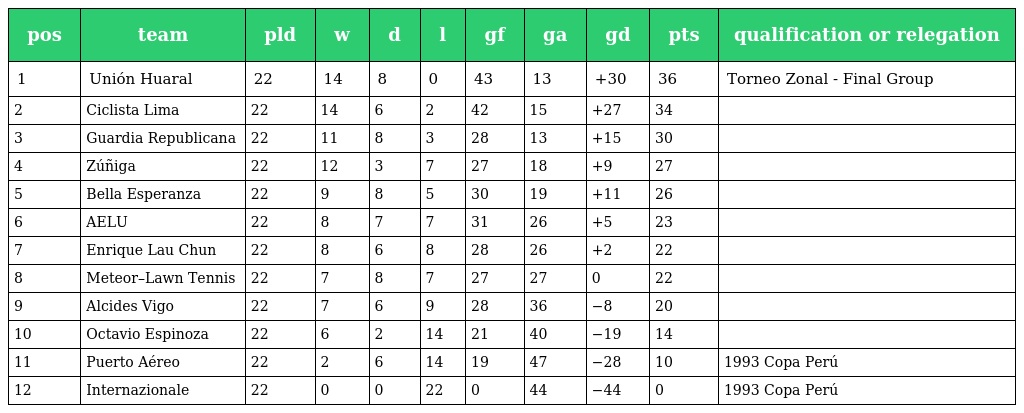
| pos | team | pld | w | d | l | gf | ga | gd | pts | qualification or relegation |
 | --- | --- | --- | --- | --- | --- | --- | --- | --- | --- | --- |
 | 1 | Unión Huaral | 22 | 14 | 8 | 0 | 43 | 13 | +30 | 36 | Torneo Zonal - Final Group |
 | 2 | Ciclista Lima | 22 | 14 | 6 | 2 | 42 | 15 | +27 | 34 |  |
 | 3 | Guardia Republicana | 22 | 11 | 8 | 3 | 28 | 13 | +15 | 30 |  |
 | 4 | Zúñiga | 22 | 12 | 3 | 7 | 27 | 18 | +9 | 27 |  |
 | 5 | Bella Esperanza | 22 | 9 | 8 | 5 | 30 | 19 | +11 | 26 |  |
 | 6 | AELU | 22 | 8 | 7 | 7 | 31 | 26 | +5 | 23 |  |
 | 7 | Enrique Lau Chun | 22 | 8 | 6 | 8 | 28 | 26 | +2 | 22 |  |
 | 8 | Meteor–Lawn Tennis | 22 | 7 | 8 | 7 | 27 | 27 | 0 | 22 |  |
 | 9 | Alcides Vigo | 22 | 7 | 6 | 9 | 28 | 36 | −8 | 20 |  |
 | 10 | Octavio Espinoza | 22 | 6 | 2 | 14 | 21 | 40 | −19 | 14 |  |
 | 11 | Puerto Aéreo | 22 | 2 | 6 | 14 | 19 | 47 | −28 | 10 | 1993 Copa Perú |
 | 12 | Internazionale | 22 | 0 | 0 | 22 | 0 | 44 | −44 | 0 | 1993 Copa Perú |